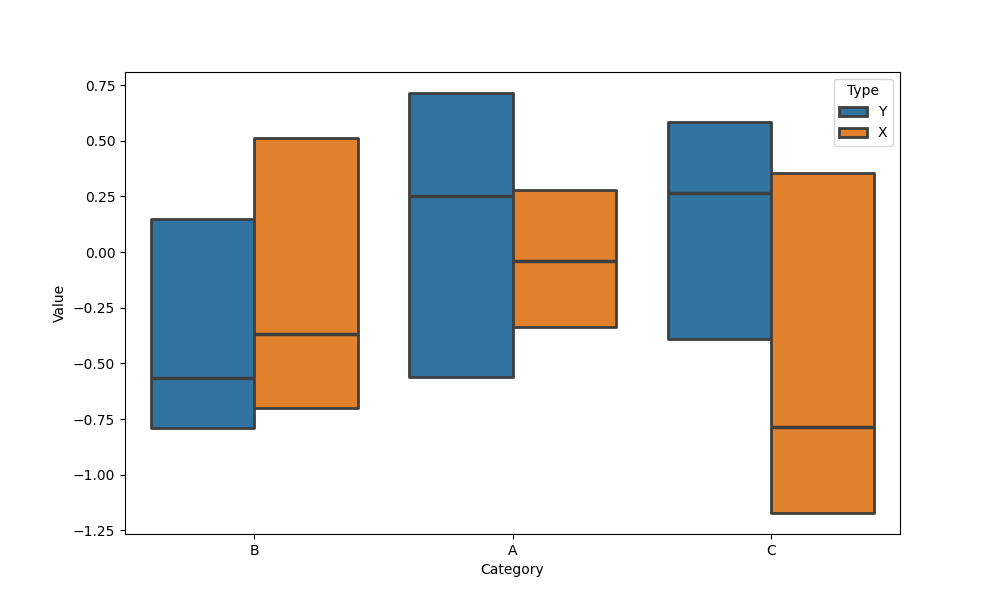
python, seaborn, boxenplot, k_depth='tukey', linewidth=2, scale='exponential', outlier_prop=0.2, showfliers=False